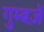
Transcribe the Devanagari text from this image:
गुम्बज़ें